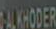
AKHODER